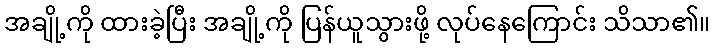
အချို့ကို ထားခဲ့ပြီး အချို့ကို ပြန်ယူသွားဖို့ လုပ်နေကြောင်း သိသာ၏။